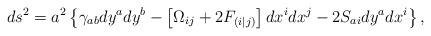
LaTeX: \begin{align*}ds^2 = a^2\left\{\gamma_{ab} dy^a dy^b -\left[ \Omega_{ij}+ 2F_{(i|j)}\right] dx^i dx^j-2 S_{ai}dy^a dx^i\right\},\end{align*}